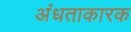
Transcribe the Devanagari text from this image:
अंधताकारक